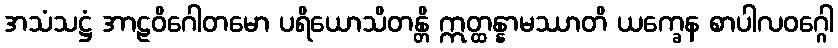
အသံသဋ္ဌံ အာဠဝိဂေါတမော ပရိယောသိတန္တိ ဣတ္ထန္နာမဿာတိ ယက္ခေန စာပါလဝဂ္ဂေါ